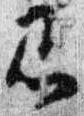
即